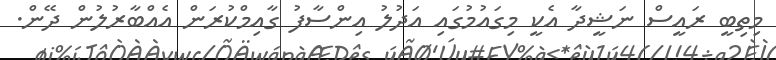
މިތިބީ ރައީސް ނަޝީދާ އެކީ މިގައުމުގައި އަދުލު އިންސާފު ގާއިމްކުރަން އެއްބާރުލުން ދޭން.